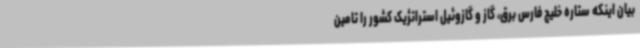
بیان اینکه ستاره خلیج فارس برق، گاز و گازوئیل استراتژیک کشور را تامین